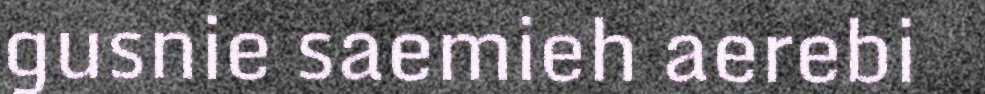
gusnie saemieh aerebi